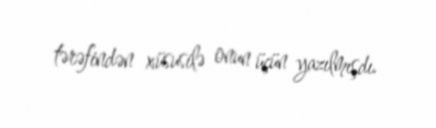
tərəfindən xüsusilə onun üçün yazılmışdı.